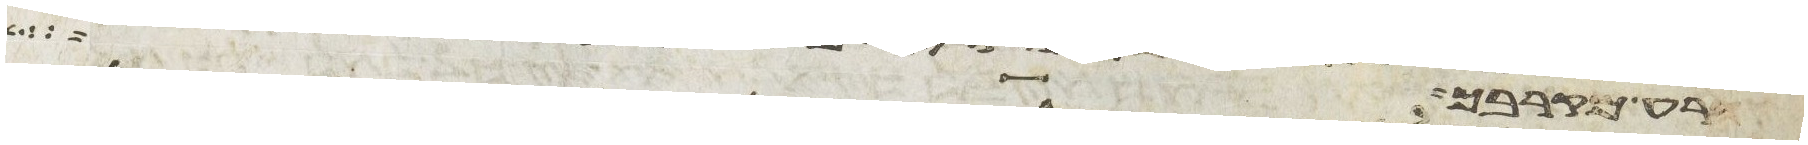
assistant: הרע מקרבך